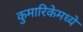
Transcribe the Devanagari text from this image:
कुमारिकेमध्ये